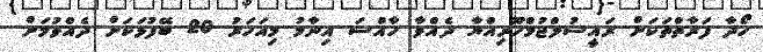
ހޯދާ ފަރާތްތަކަށް ރައީސުލްޖުމްހޫރިއްޔާ ދެއްވާ ހާއްސަ އިނާމު މިއަހަރު 20 ބޭފުޅަކަށް ދެއްވުމަށް